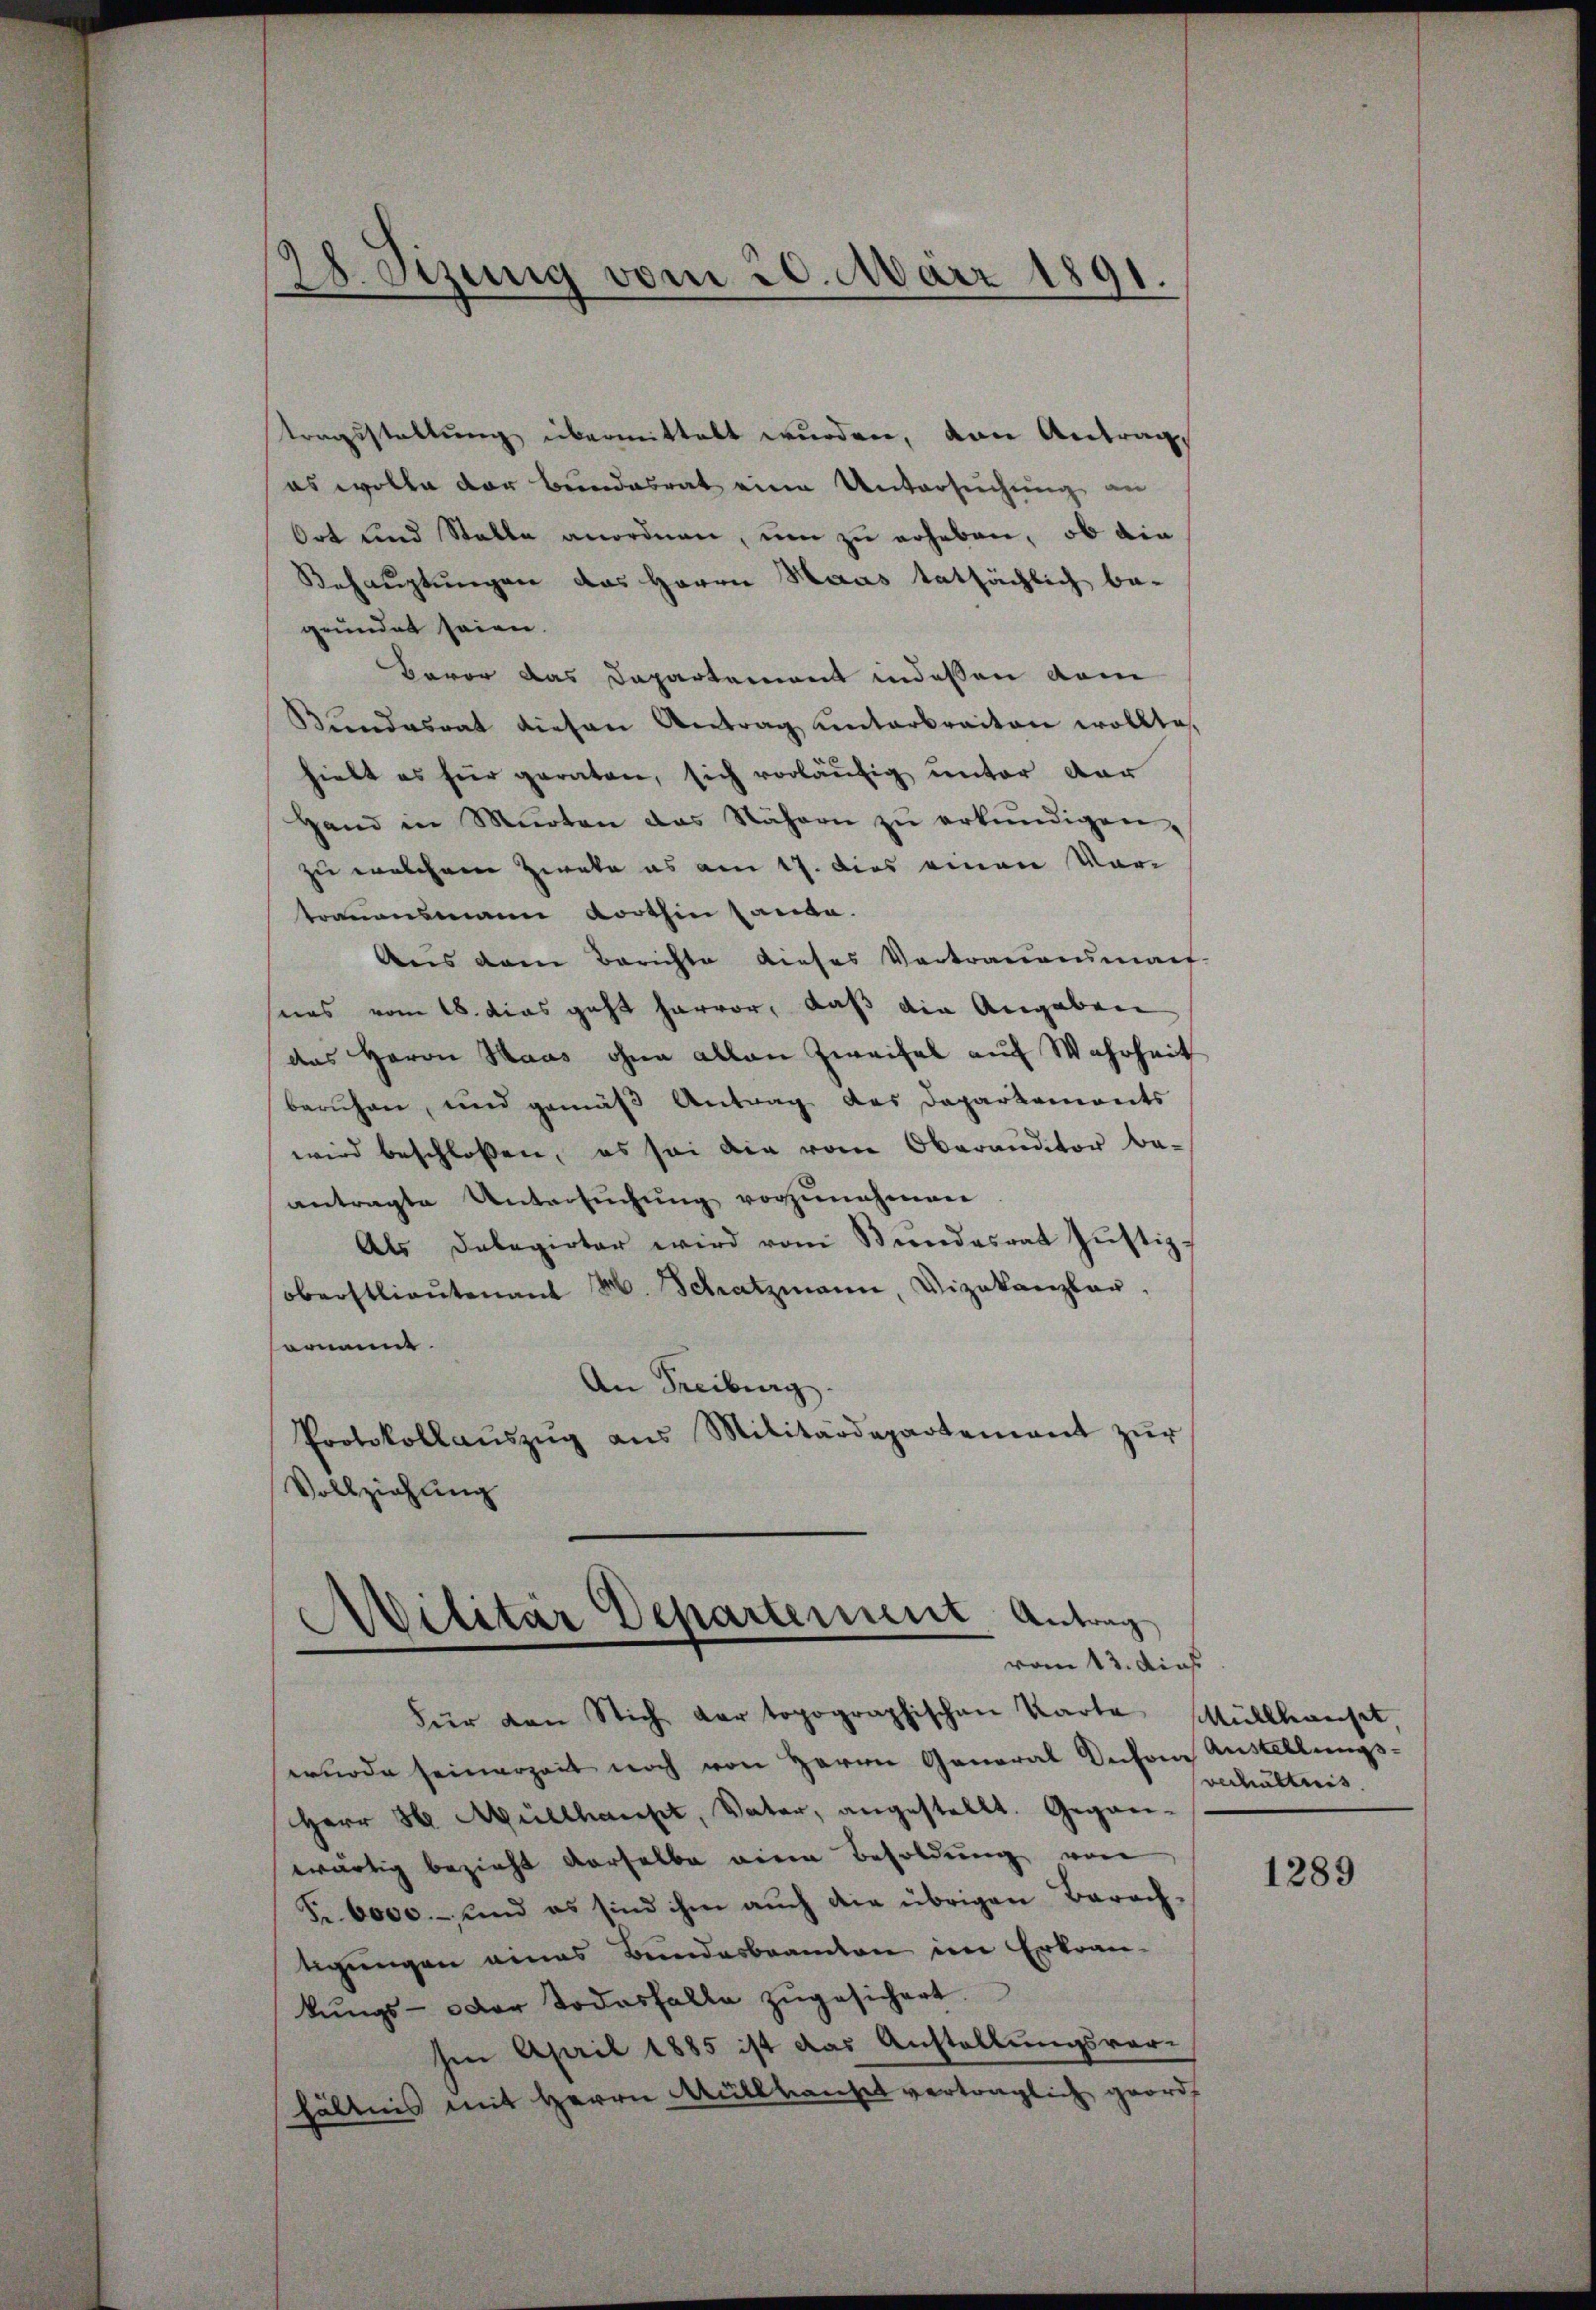
tragsstellung übermittelt wurden, von Antrag,
es wolle der Bundesrat eine Untersuchung an
Ort und Stalle anordnen, um zu erheben, ob die
Behauptungen das Herrn Haas tatsächlich be-
gründet seien.
Bavor das Departement indessen dem
Kundesrat diesen Antrag unterbraiten wollte,
hielt es für geraten, sich vorläufig unter dar
Hand in Murten das Nähern zŭ erkundigen,
zu welchem Zirate es am 17. dies einen Vor
trauensmann Korthin saube.
Aus dem Berichte dieses Vertrauensmach-
nas vom 18. das geht hervor, daß die Angaben
das Herrn Haas ohne allen Zweifel auf Wahrheit
beruhen, und gemäß Antrag des Daparkaments
wird beschloßen, es sei die vom Oberauditor beantragte Untersuchung vorzunehmen
Als Delegirter wird vom Bundesrat Justiz-
oberstlieutenant M. Schatzmann, Vizekanzler,
ommt.
An Freiburg.
Protokollaŭszŭg ans Militärdepartement zŭr
Vollziehung

28. Sizung vom 20. März 1891.

Militär Departement Antrag
vom 13. dies

Für den Stich der topographischen Karte Müllhauset,
wurde seinerzeit noch von Herrn General Dechen Austellungs-
Herr H. Müllhaupt, Vater, angestellt. Gegen-
wärtig bezieht derselbe einen Besoldung von
Fr. 6000.- und es sind ihm auch die übrigen Barachtigungen eines Bundesbeamten im Erkrankŭngs- oder Todesfalle zŭgesichert.
Ien April 1885 ist das Anstellungsvorhältnis mit Herrn Müllhausel vertraglich geord

verhaltnis

1289